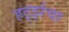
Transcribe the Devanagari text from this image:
हर्ट्झचा